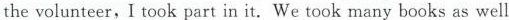
the volunteer, I took part in it. We took many books as well